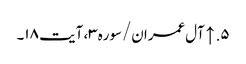
۵. ↑ آل‌عمران/سوره۳، آیت ۱۸۔